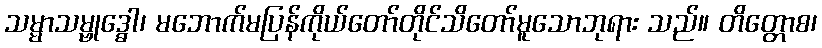
သမ္မာသမ္ဗုဒ္ဓေါ၊ မဘောက်မပြန်ကိုယ်တော်တိုင်သိတော်မူသောဘုရား သည်။ တိတ္တောစ၊